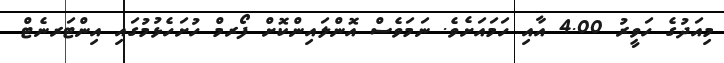
މިއަދުގެ ހަވީރު 4.00 އާއި ހަމައަށެވެ. ނަމަވެސް އޮންލައިންކޮށް ފޯރމް ހުށަހެޅުމުގައި އިންޓަރނެޓް